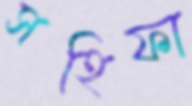
সহিফা